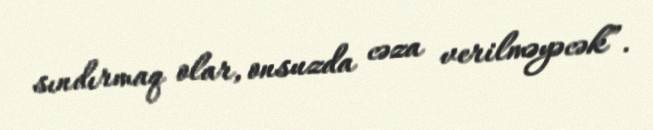
sındırmaq olar, onsuzda cəza verilməyəcək”.